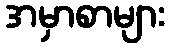
အမှာစာများ